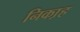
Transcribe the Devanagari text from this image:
निका़ह